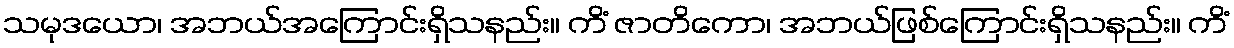
သမုဒယော၊ အဘယ်အကြောင်းရှိသနည်း။ ကိံ ဇာတိကော၊ အဘယ်ဖြစ်ကြောင်းရှိသနည်း။ ကိံ